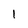
Character: 1